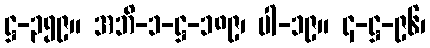
ဋ္ဌ-၃၅၉။ အဘိ-၁-ဋ္ဌ-၁၈၉၊ ပါ-၁၉။ ၄-ဋ္ဌ-၉၆၊